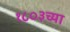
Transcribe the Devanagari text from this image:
१८०३च्या